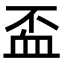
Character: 𧖯